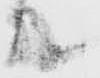
殿